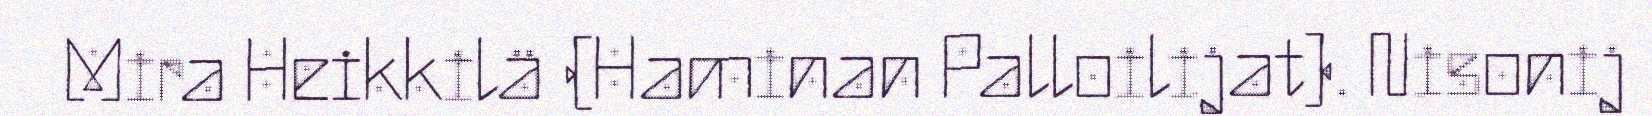
Mira Heikkilä (Haminan Palloilijat). Nisonij